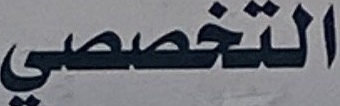
التخصصي